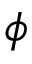
\phi